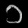
Digit: ၁